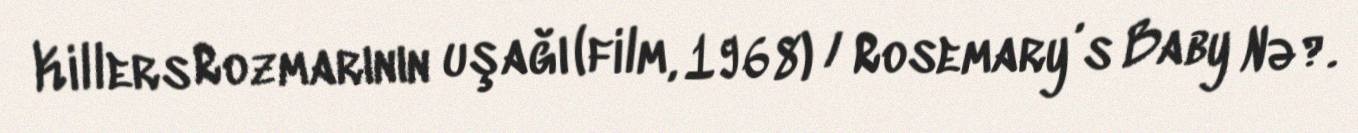
Killers Rozmarının uşağı (film, 1968) / Rosemary’s Baby Nə?.